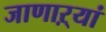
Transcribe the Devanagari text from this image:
जाणाऱ्यां